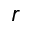
r